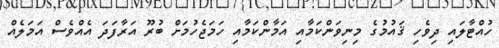
ހުއްޓާލައި ދިވެހި ޤައުމުގެ މިނިވަންކަމާއި އަމާންކަމާއި ހަމަޖެހުމަށް ބުރޫ އަރާފަދަ އެއްވެސް އަމަލެއް